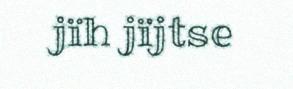
jïh jïjtse